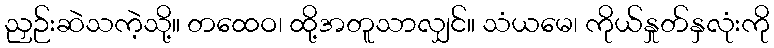
ညှဉ်းဆဲသကဲ့သို့။ တထေဝ၊ ထို့အတူသာလျှင်။ သံယမေ၊ ကိုယ်နှုတ်နှလုံးကို